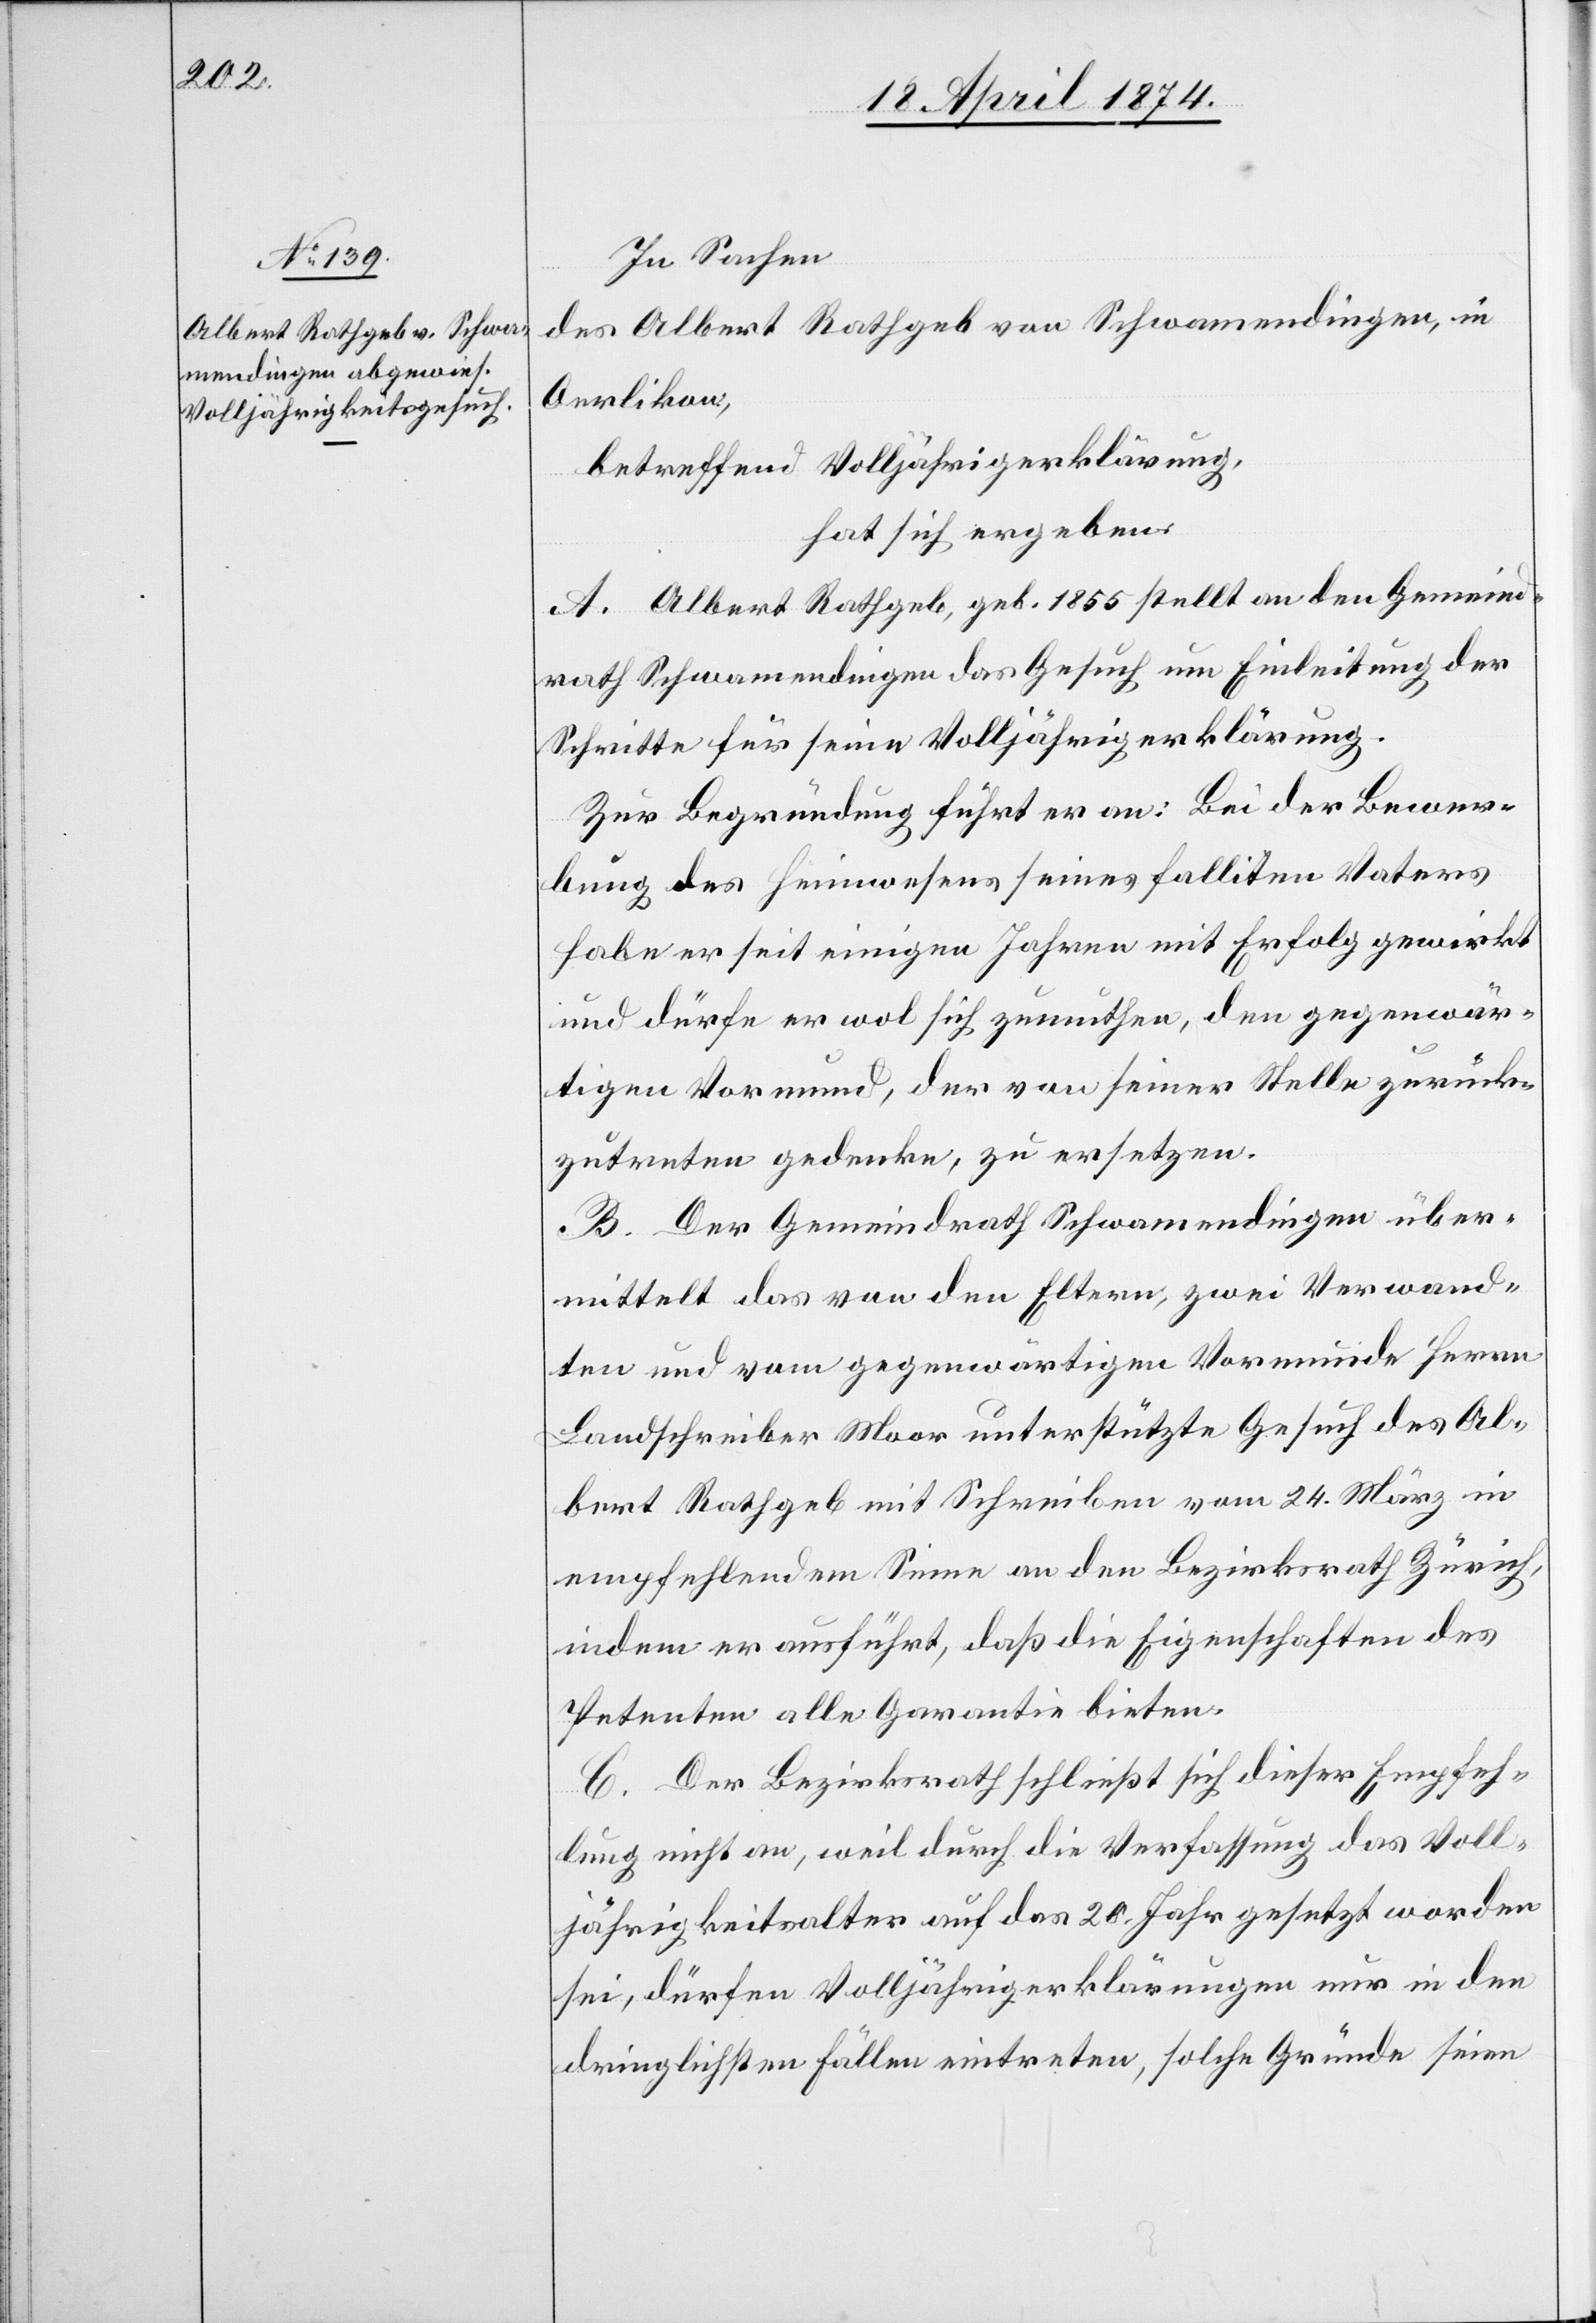
In Sachen
des Albert Rathgeb von Schwamendingen, in
Oerlikon,
betreffend Volljährigerklärung,
hat sich ergeben:
A. Albert Rathgeb, geb. 1855 stellt an den Gemeind¬
rath Schwamendingen das Gesuch um Einleitung der
Schritte für seine Volljährigerklärung.
Zur Begründung führt er an: Bei der Bewer¬
bung des Heimwesens seines falliten Vaters
habe er seit einigen Jahren mit Erfolg gewirkt
und dürfe er wol sich zumuthen, den gegenwär¬
tigen Vormund, der von seiner Stelle zurück¬
zutreten gedenke, zu ersetzen.
B. Der Gemeindrath Schwamendingen über¬
mittelt das von den Eltern, zwei Verwand¬
ten und vom gegenwärtigen Vormunde Herrn
Landschreiber Moor unterstützte Gesuch des Al¬
bert Rathgeb mit Schreiben vom 24. März in
empfehlendem Sinne an den Bezirksrath Zürich,
indem er ausführt, daß die Eigenschaften des
Petenten alle Garantie bieten.
C. Der Bezirksrath schließt sich dieser Empfeh¬
lung nicht an, weil durch die Verfassung das Voll¬
jährigkeitsalter auf das 20. Jahr gesetzt worden
sei, dürfen Volljährigerklärungen nur in den
dringlichsten Fällen eintreten, solche Gründe seien